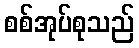
စစ်အုပ်စုသည်